Vaccine operations Central Provinces 1900-1911 - 1900-1911
Year: 1900
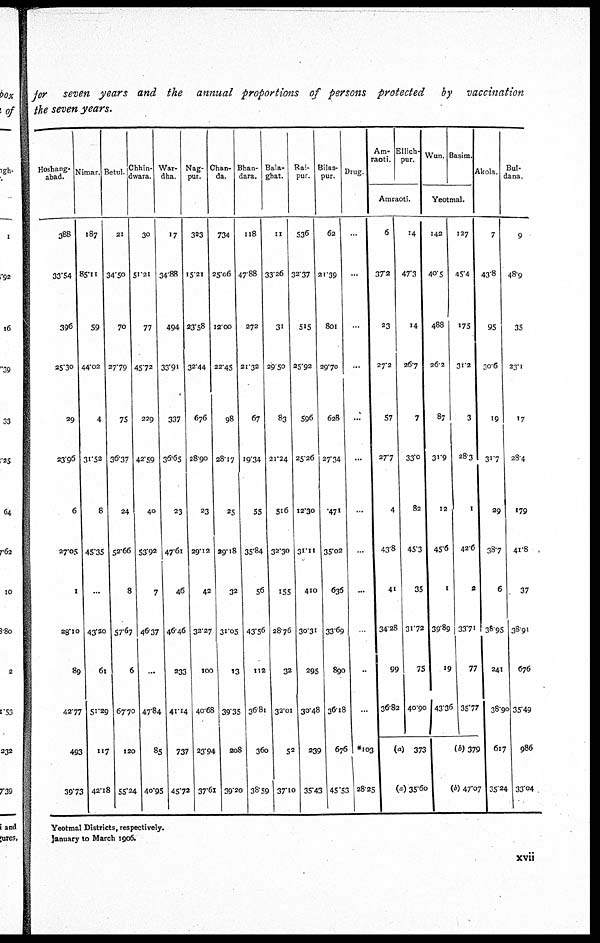
for seven years and the annual proportions of persons protected by vaccination
the seven years.
Hoshang¬
abad.
388
33.54
396
25.30
29
23.96
6
27.05
1
28.10
89
42.77
493
39.73
Nimar.
187
85.11
59
44.02
4
31.52
8
45.35
...
43.20
61
51.29
117
42.18
Betul.
21
34.50
70
27.79
75
36.37
24
52.66
8
57.67
6
67.70
120
55.24
Chhin¬
dwara.
30
51.21
77
45.72
229
42.59
40
53.92
7
46.37
...
47.84
85
40.95
War¬
dha.
17
34.88
494
33.91
337
36.65
23
47.61
46
46.46
233
41.14
737
45.72
Nag¬
pur.
323
15.21
23.58
32.44
676
28.90
23
29.12
42
32.27
100
40.68
23.94
37.61
Chan¬
da.
734
25.06
12.00
22.45
98
28.17
25
29.18
32
31.05
13
39.35
208
39.20
Bhan¬
dara.
118
47.88
272
21.32
67
19.34
55
35.84
56
43.56
112
36.81
360
38.59
Bala¬
ghat.
11
33.26
31
29.50
83
21.24
516
32.30
155
28.76
32
32.01
52
37.10
Rai¬
pur.
536
32.37
515
25.92
596
25.26
12.30
31.11
410
30.31
295
30.48
239
35.43
Bilas¬
pur.
62
21.39
801
29.70
628
27.34
471
35.02
636
33.69
890
36.18
676
45.53
Drug.
...
...
...
...
...
...
...
...
...
...
...
...
*103
28.25
Am¬
raoti.
Ellich¬
pur.
Amraoti.
6
37.2
23
27.2
57
27.7
4
43.8
41
34.28
99
36.82
14
47.3
14
26.7
7
33.0
82
45.3
35
31.72
75
40.90
(a)373
(a) 35.60
Wun. Basim.
Yeotmal.
142
40.5
488
26.2
87
31.9
12
45.6
1
39.89
19
43.36
127
45.4
175
31.2
3
28.3
1
42.6
2
33.71
77
35.77
(b) 379
(b) 47.07
Akola.
7
43.8
95
30.6
19
31.7
29
38.7
6
38.95
241
38.90
617
35.24
Bul¬
dana.
9
48.9
35
23.1
17
28.4
179
41.8
37
38.91
676
35.49
986
33.04
Yeotmal Districts, respectively.
January to March 1906.
xvii